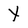
Character: Y